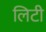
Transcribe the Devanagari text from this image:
लिटी